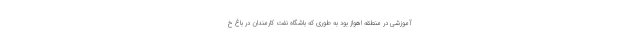
آموزشی در منطقه اهواز بود به طوری که باشگاه نفت کارمندان در باغ خ